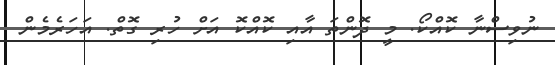
ނުވިސްނާ ކޮއްކޯ. މީ ދޮންތަ އާއި ކޮއްކޮ އަށް ހުރި ގޮތް. އަހަރެމެން